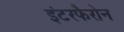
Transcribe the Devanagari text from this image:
इंटरफैरोन